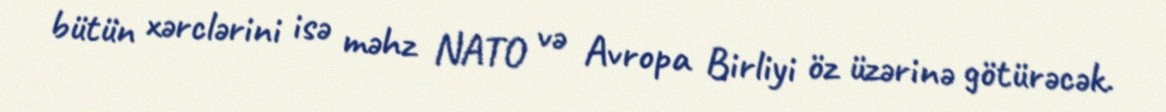
bütün xərclərini isə məhz NATO və Avropa Birliyi öz üzərinə götürəcək.